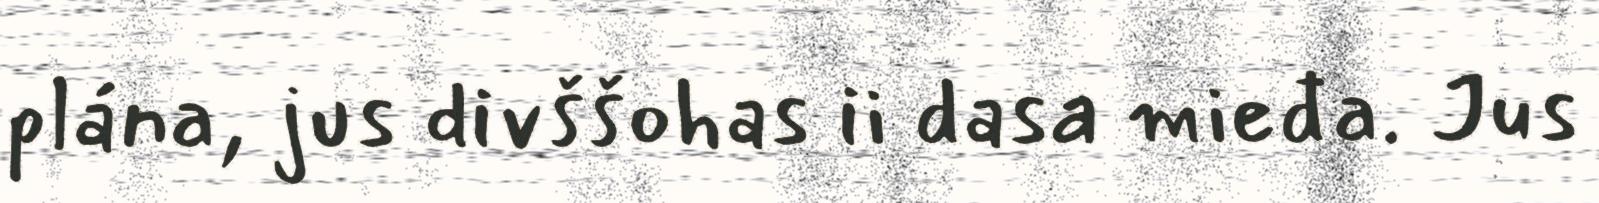
plána, jus divššohas ii dasa mieđa. Jus